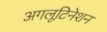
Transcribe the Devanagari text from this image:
अगलूटिनेशन